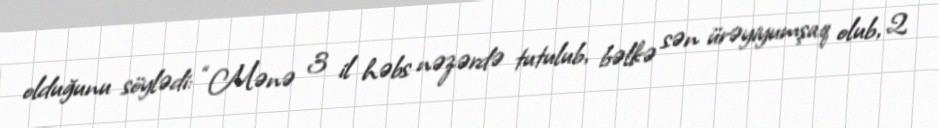
olduğunu söylədi: “Mənə 3 il həbs nəzərdə tutulub, bəlkə sən ürəyiyumşaq olub, 2